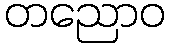
တညောဝ